画像に写った文字を読んでください
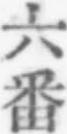
「六番」と書いてあります